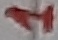
Text: 1